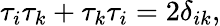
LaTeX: \tau_{i}\tau_{k}+\tau_{k}\tau_{i}=2\delta_{ik},